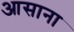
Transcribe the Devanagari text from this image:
आसाना